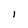
Character: I